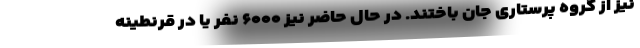
نیز از گروه پرستاری جان باختند. در حال حاضر نیز ۶۰۰۰ نفر یا در قرنطینه